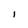
Character: 1